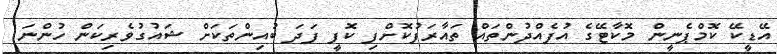
އޭޑީކޭ ކޮމްޕެނީން މޮކާޓޭގެ އުފެއްދުންތައް ތައާރަފުކޮށްފި ކޮފީ ފަދަ ބުއިންތަކަށް ޝައުގުވެރިކަން ހުންނަ